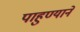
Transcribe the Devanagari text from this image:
पाहुण्याने